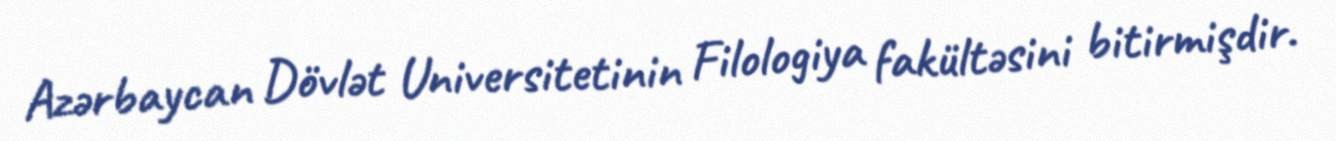
Azərbaycan Dövlət Universitetinin Filologiya fakültəsini bitirmişdir.